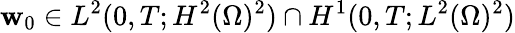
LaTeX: \mathbf{w}_{0}\in L^{2}(0,T;H^{2}(\Omega)^{2})\cap H^{1}(0,T;L^{2}(\Omega)^{2})